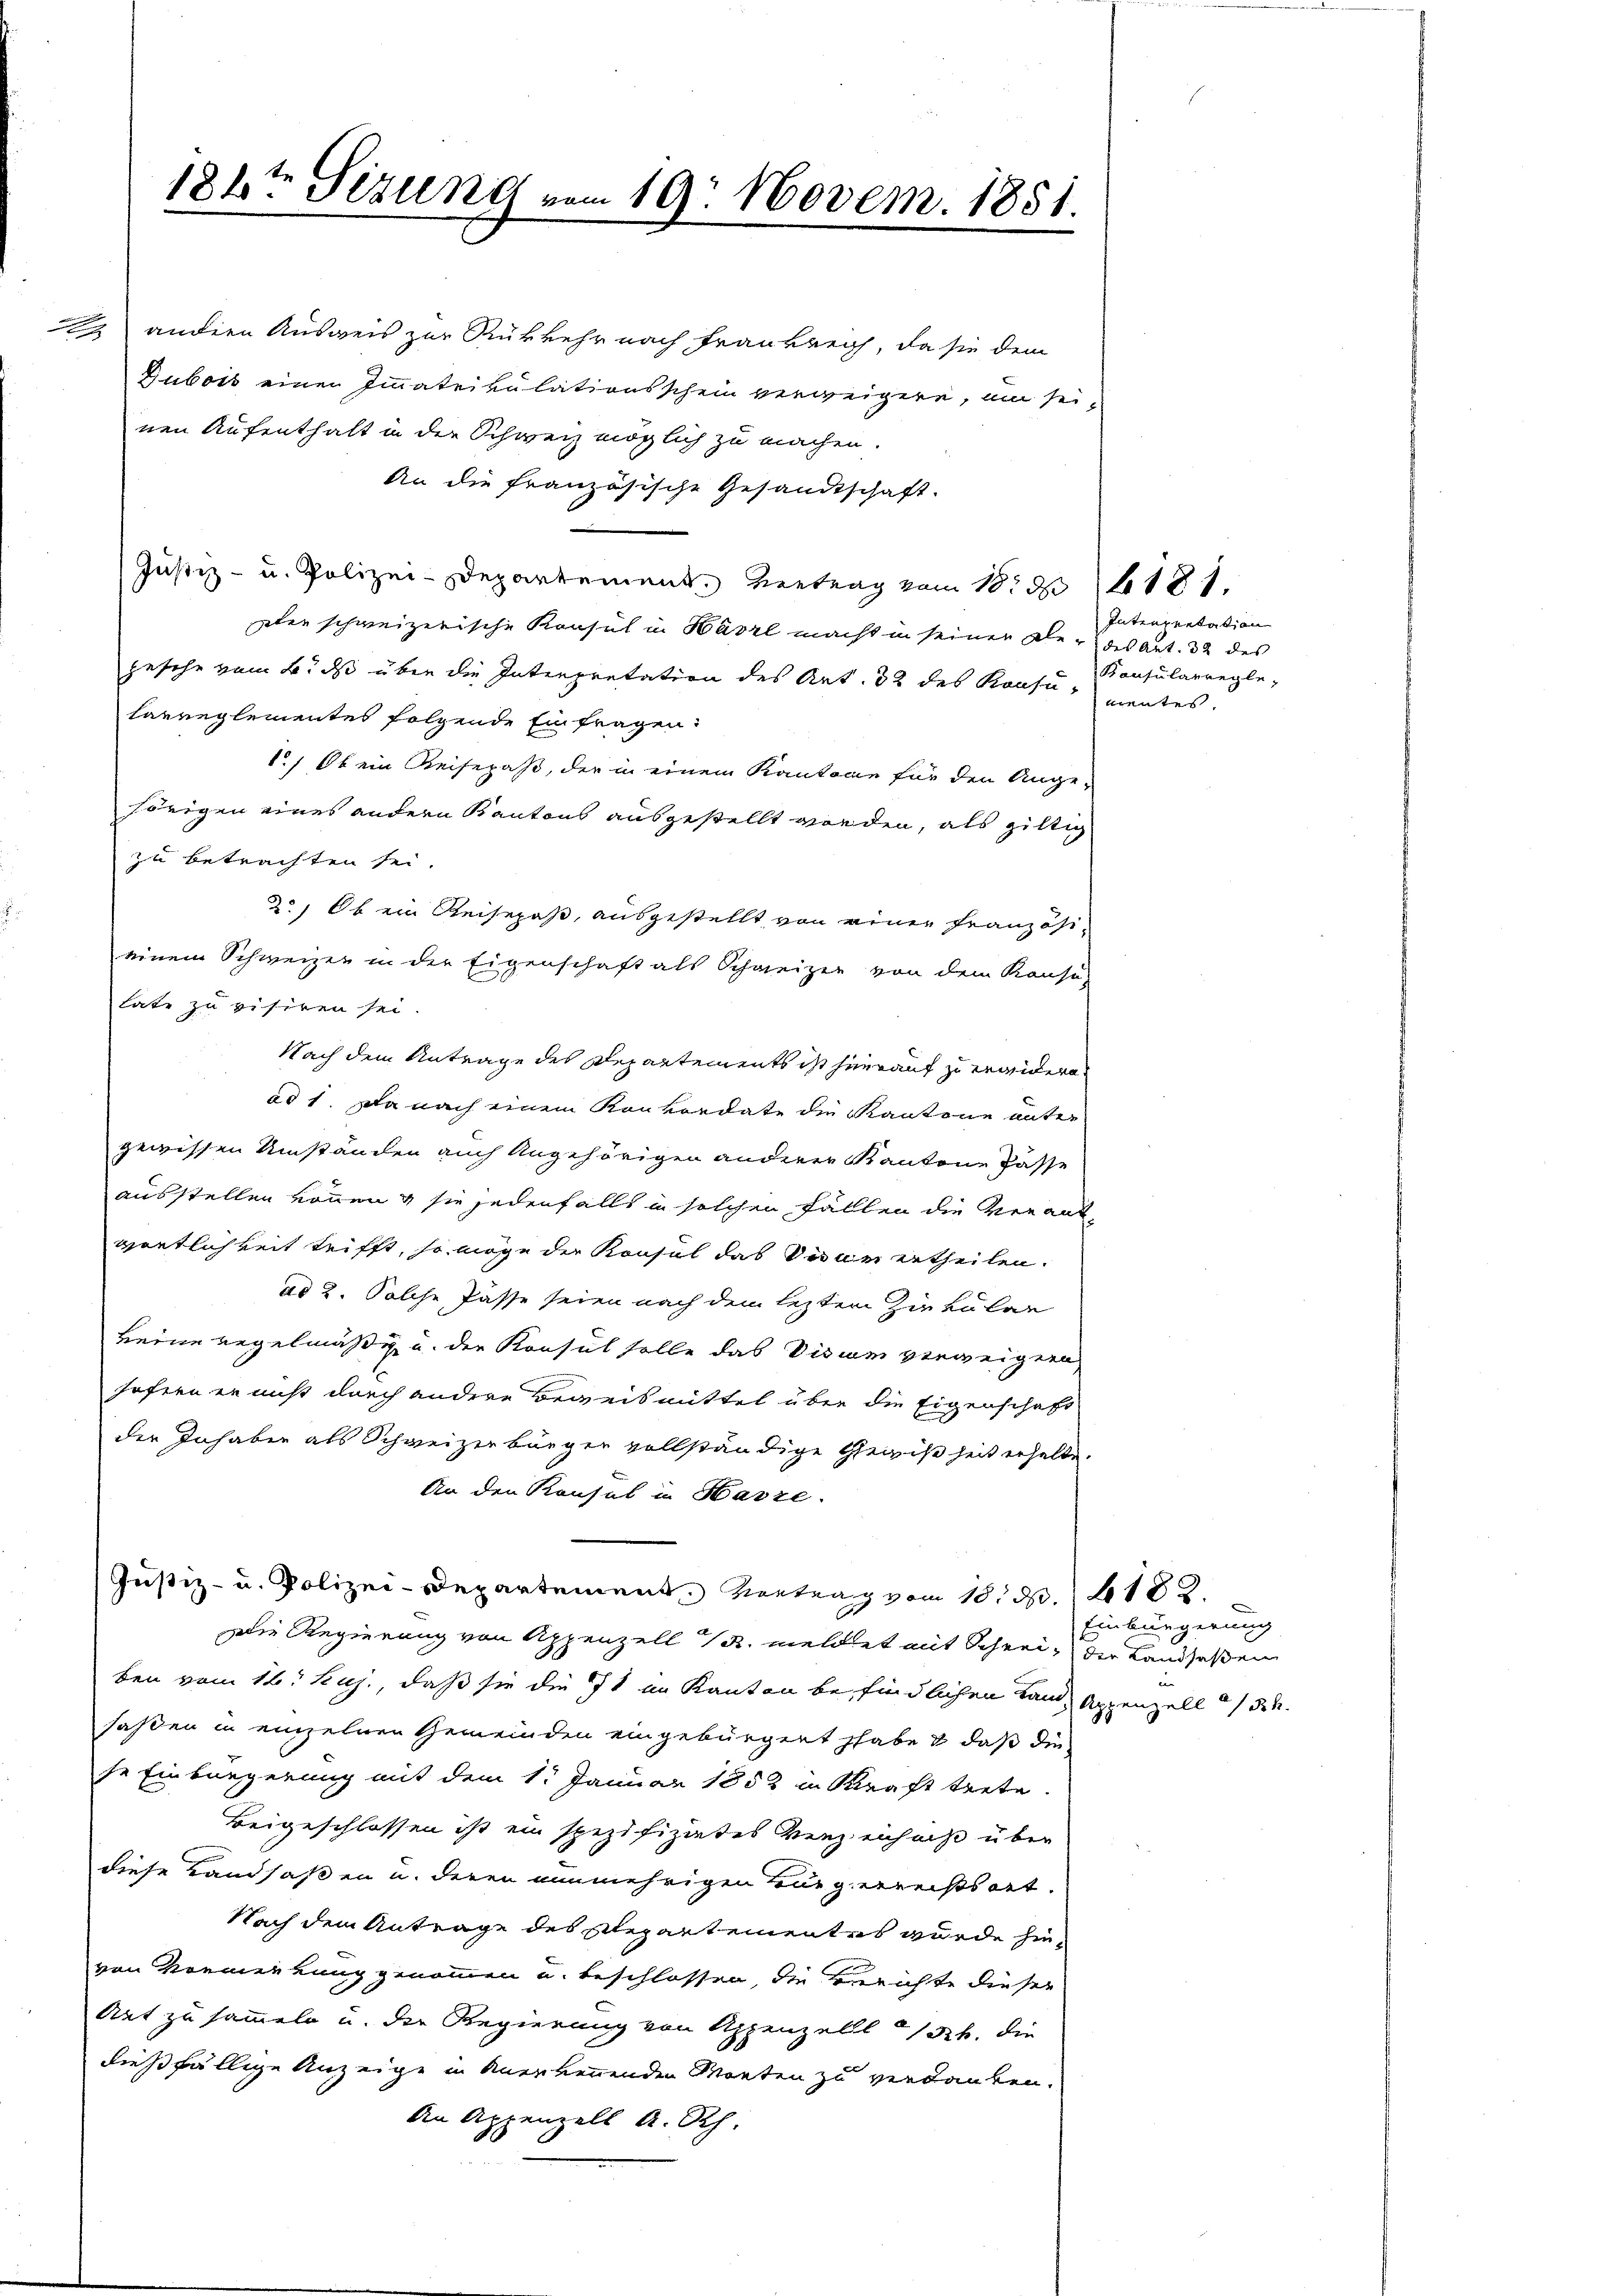
184te Sizung vom 19. Novem. 1851.

2 andern Ausweis zur Rükkehr nach Frankreich, da sie dem
Dubois einen Immatrikulationsschein verweigere, um seinen Aufenthalt in der Schweiz möglich zu machen.
An die französische Gesandtschaft.
Justiz- u. Polizei-Departement. Vertrag vom 18. d. 1181.
ter schweizerische Konsul in Härrl macht in seinen Ale- des Art. 32 des
gesehe vom 6. ds über die Interpretation des Art. 32 des Konsu, mentes.
laureglementes folgende Einfragen:
1.) Ob ein Reisepaß, der in einem Kantone für den Ange-
hörigen eines andern Kantons ausgestellt worden, als giltig
zu betrachten sei.
2.) Ob ein Reisepaß, ausgestellt von einer Französieinem Schweizer in der Eigenschaft als Schweizer von dem Konse-
late zu visiren sei.
Nach dem Antrage des Departements ist hierauf zu erwidern
ad 1. Da nach einem Konkordate die Kantone unter
gewissen Umständen auch Angehörigen anderer Kantone Pässe
ausstellen können & sie jedenfalls in solchen Fällen die Verantwörtlichkeit trifft, so möge der Konsul das Seiner ertheilen.
ad 2. Solche Pässe seien nach dem leztem Zirkular
keine Regelmäßig u. der Konsul solle das Visum verweigern
hofern er nicht durch andere Beweismittel über die Eigenschaft
der Inhaber als Schweizerbürger vollständige Gewißheit erhalte.
An den Konsul in Hasse.
Justiz- u. Polizei-Departement, Vertrag vom 18. d. 1182.
Die Regierung von Appenzell u. meldet mit Schrei, der Landsaßen
ben vom 16. huj., daß sie die 71 im Kanton befindlichen kam, Appenzell de
saßen in einzelnen Gemeinden eingebürgert habe & daß die
se Einbürgerung mit dem 1. Januar 1852 in Kraft trete.
Beigeschlossen ist ein spezifiziertes Verzeichniß über
diese Landsaßen u. deren nunmehrigen Turgerrechts art.
Nach dem Antrage des Repartementes wurde hinvon Vormerkung genommen u. beschlossen, die Berichte dieser
Art zu sammeln u. die Regierung von Appenzell a/Rh. die
dießfällige Anzeige in Anerkennenden Monten zu verdauben.
An Appenzell A. Rh.

Interpretation
Kanfularregle-

Einbürgerung
r